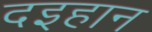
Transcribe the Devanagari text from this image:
दइहान